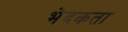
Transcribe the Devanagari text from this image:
भेदकता